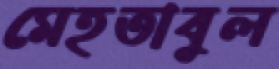
মেহতাবুল